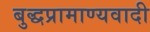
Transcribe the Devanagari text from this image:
बुद्धप्रामाण्यवादी